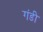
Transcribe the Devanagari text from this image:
गंडी